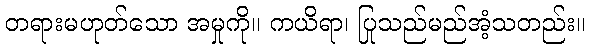
တရားမဟုတ်သော အမှုကို။ ကယိရာ၊ ပြုသည်မည်အံ့သတည်း။